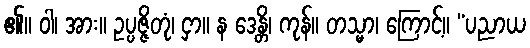
၏။ ဝါ၊ အား။ ဥပ္ပဇ္ဇိတုံ၊ ငှာ။ န ဒေန္တိ၊ ကုန်။ တသ္မာ၊ ကြောင့်။ “ပညာယ